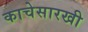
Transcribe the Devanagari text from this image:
काचेसारखी